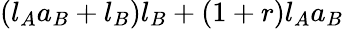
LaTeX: (l_{A}a_{B}+l_{B})l_{B}+(1+r)l_{A}a_{B}